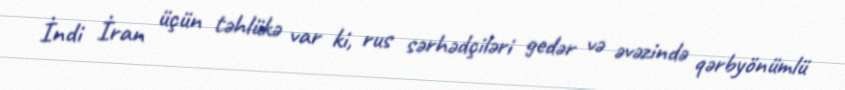
İndi İran üçün təhlükə var ki, rus sərhədçiləri gedər və əvəzində qərbyönümlü